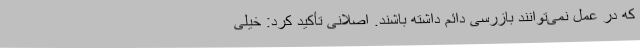
که در عمل نمی‌توانند بازرسی دائم داشته باشند. اصلانی تأکید کرد: خیلی